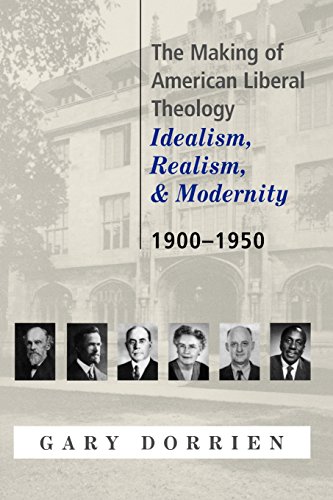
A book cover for The Making of American Liberal Theology: Idealism, Realism, and Modernity, 1900-1950; Gary Dorrien; Christian Books & Bibles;